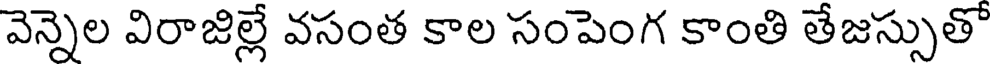
వెన్నెల విరాజిల్లే వసంత కాల సంపెంగ కాంతి తేజస్సుతో